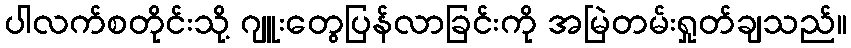
ပါလက်စတိုင်းသို့ ဂျူးတွေပြန်လာခြင်းကို အမြဲတမ်းရှုတ်ချသည်။